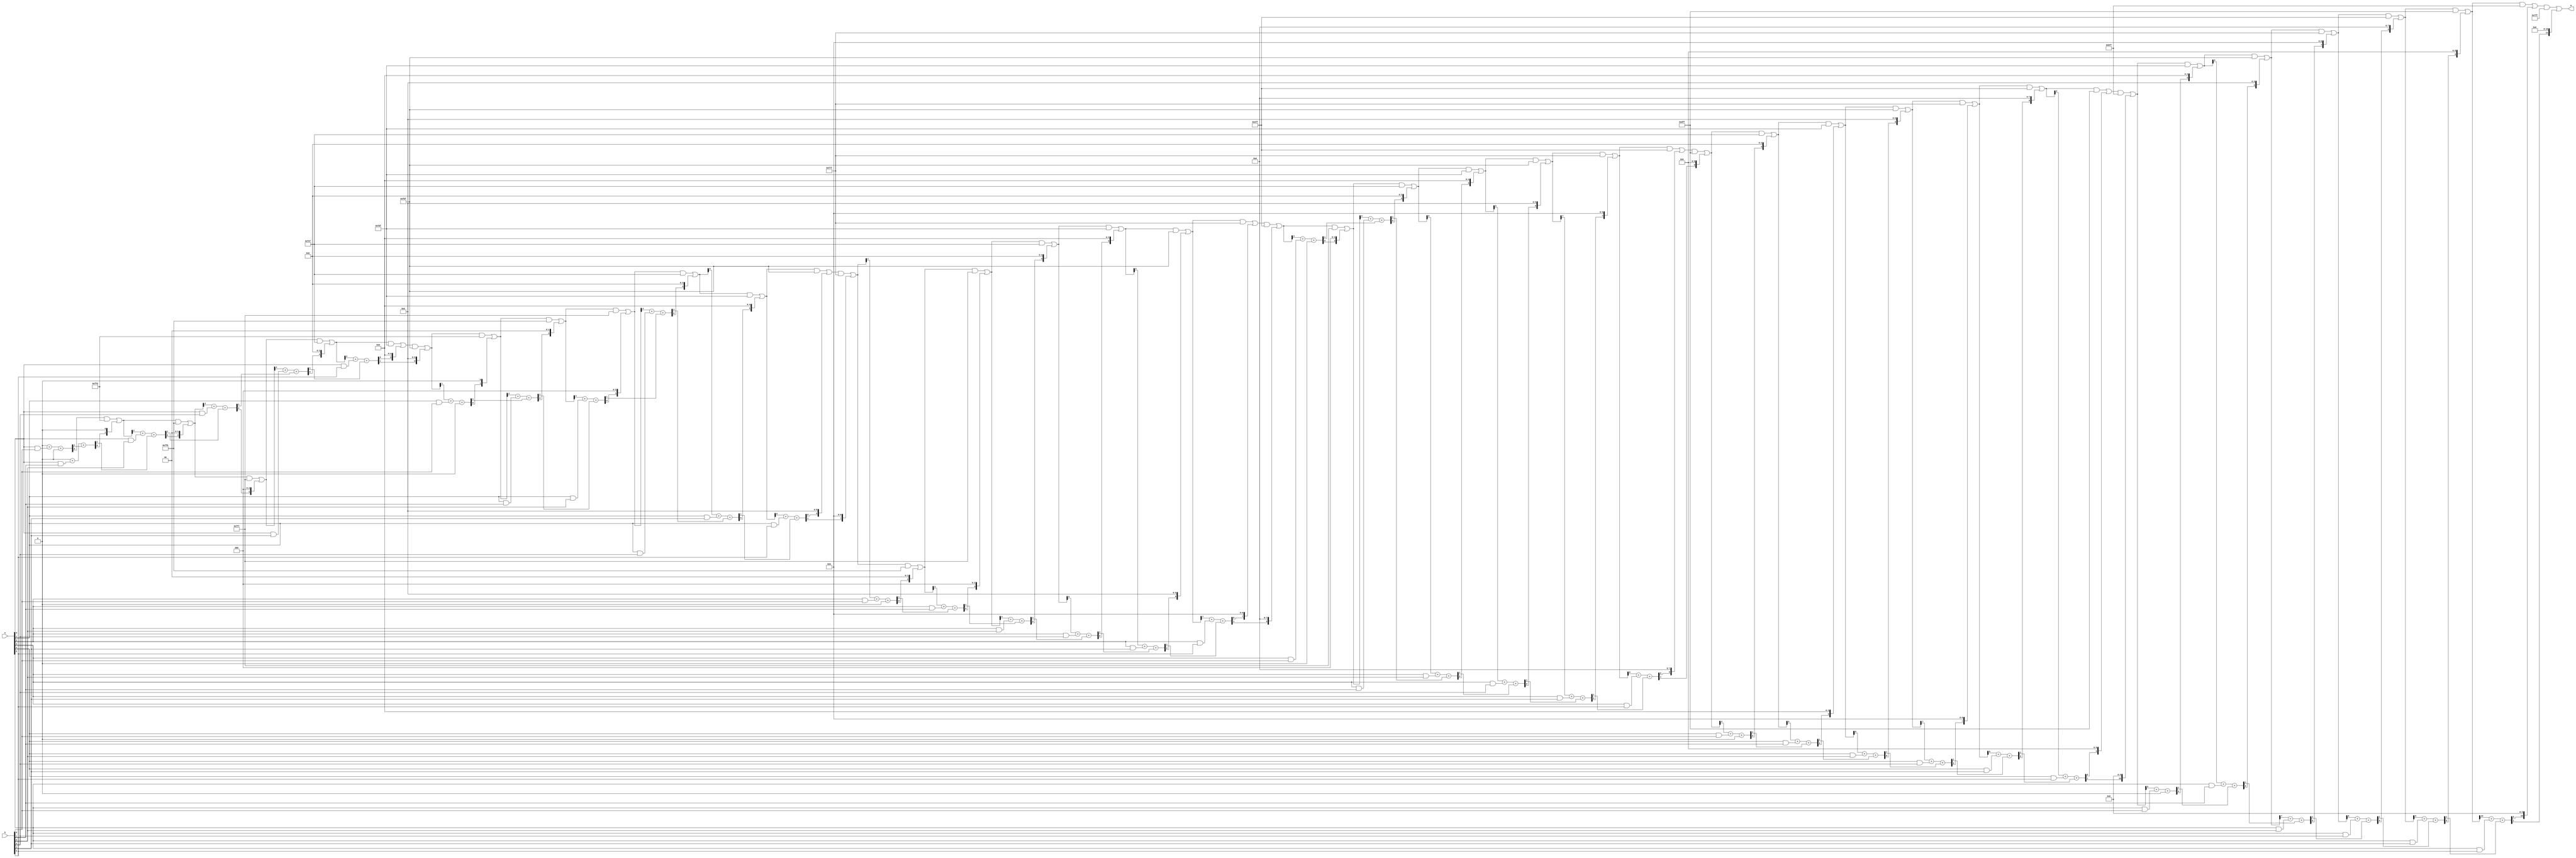
`timescale 1ns / 1ps

//////////////////////////////////////////////////////////////////////////////////
// Assignment 3 verilog design of binary multipliers
// Module Name: array_multiplier
// Project Name: array multiplier
// Description: Group No 28
// Roll no - 18CS10013, 18CS10024
//////////////////////////////////////////////////////////////////////////////////



module array_multiplier(
    input [5:0] a,
    input [5:0] b,
    output reg [11:0] m
    );

	integer i;
	integer j;
	integer index;
	reg temp, temp_o, c_o;

	always @(*) begin
		m = 0;

		for(i=0;i<=5;i=i+1)
			begin
				c_o = 0;
				for(j=0;j<=5;j=j+1)
					begin
						temp = a[i]&b[j];
						index = (i+j);
						{c_o, temp_o} = m[index]+temp+c_o;
						m[index] = temp_o;
					end
				index = i+j;
				m[index] = c_o;
			end
		end
endmodule